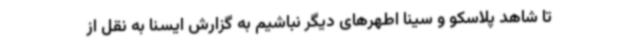
تا شاهد پلاسکو و سینا اطهرهای دیگر نباشیم به گزارش ایسنا به نقل از